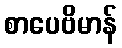
စာပေဗိမာန်